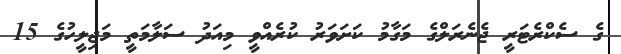
ގެ ސެކްރެޓަރީ ޖެނެރަލްގެ މަގާމު ކަށަވަރު ކުރެއްވީ މިއަދު ސަލާމަތީ މަޖިލީހުގެ 15